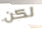
لكن